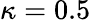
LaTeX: \kappa=0.5